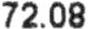
72.08